Tezpur Lunatic Asylum reports 1895-1904 - 1895-1904
Year: 1895
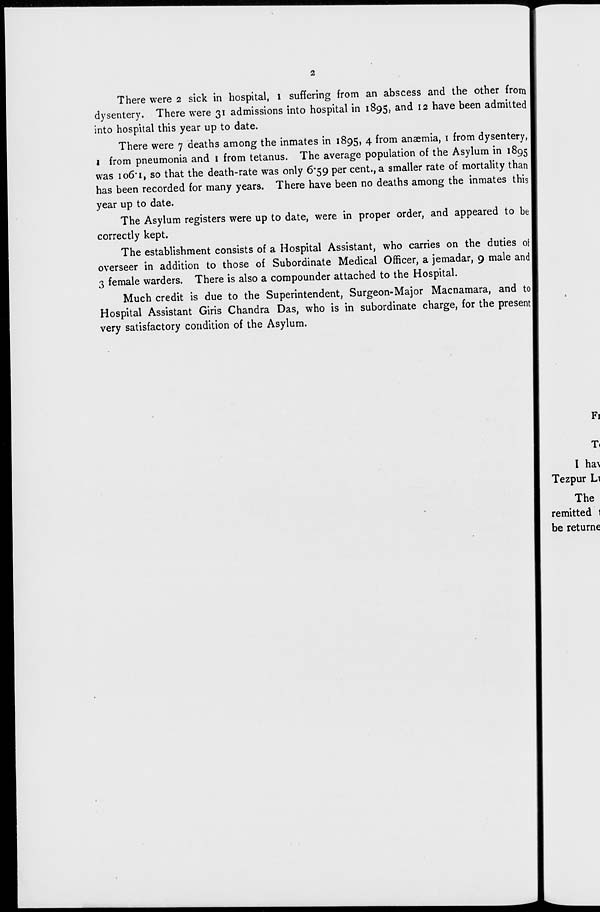
2
There were 2 sick in hospital, 1 suffering from an abscess and the other from
dysentery. There were 31 admissions into hospital in 1895, and 12 have been admitted
into hospital this year up to date.
There were 7 deaths among the inmates in 1895, 4 from anaemia, 1 from dysentery,
1 from pneumonia and 1 from tetanus. The average population of the Asylum in 1895
was 106*1, so that the death-rate was only 6*59 per cent., a smaller rate of mortality than
has been recorded for many years. There have been no deaths among the inmates this
year up to date.
The Asylum registers were up to date, were in proper order, and appeared to be j
correctly kept.
The establishment consists of a Hospital Assistant, who carries on the duties oil
overseer in addition to those of Subordinate Medical Officer, a jemadar, 9 male and|
3 female warders. There is also a compounder attached to the Hospital.
Much credit is due to the Superintendent, Surgeon-Major Macnamara, and tol
Hospital Assistant Giris Chandra Das, who is in subordinate charge, for the present|
very satisfactory condition of the Asylum.
F!
T«
I ha\
Tezpur Li
The
remitted 1
be returne